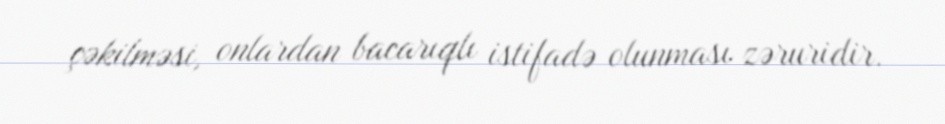
çəkilməsi, onlardan bacarıqlı istifadə olunması zəruridir.